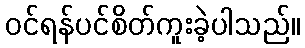
ဝင်ရန်ပင်စိတ်ကူးခဲ့ပါသည်။